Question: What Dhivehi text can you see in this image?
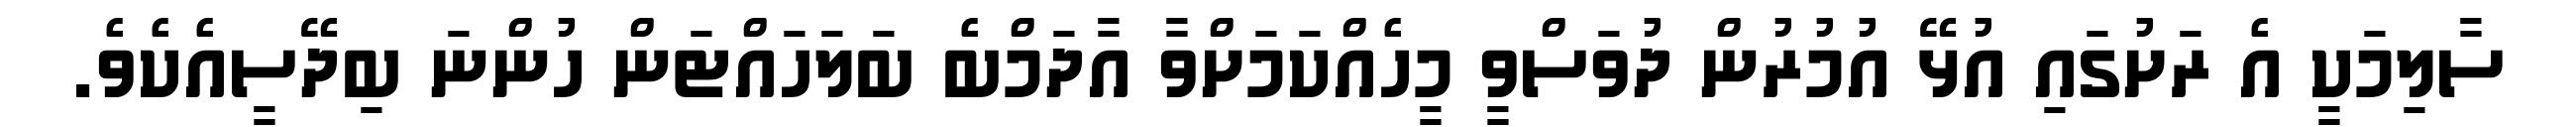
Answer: ސާލިމަކީ އެ ރަށުގައި އުޅޭ އުމުރުން ދުވަސްވީ މީހެއްކަމަށްވާ އާދަމްބެ ބަލަހައްޓަން ހުންނަ ބިދޭސީއެކެވެ.